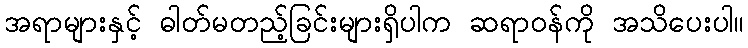
အရာများနှင့် ဓါတ်မတည့်ခြင်းများရှိပါက ဆရာဝန်ကို အသိပေးပါ။